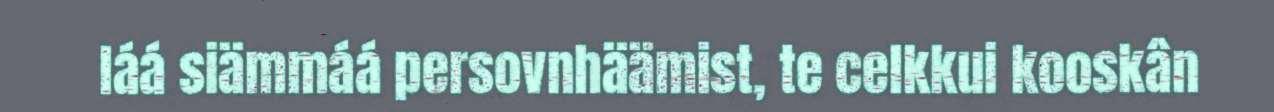
láá siämmáá persovnhäämist, te celkkui kooskân